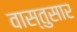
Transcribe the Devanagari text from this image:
वास्तुसार